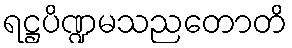
ရဋ္ဌပိဏ္ဍမသညတောတိ